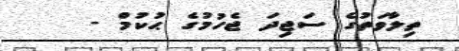
ތިލާވަތުގެ ސަޖިދަ ޖެހުމުގެ ޙުކުމް -